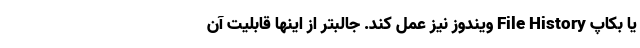
یا بکاپ File History ویندوز نیز عمل کند. جالبتر از اینها قابلیت آن